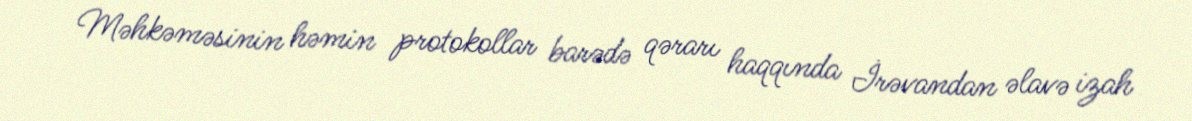
Məhkəməsinin həmin protokollar barədə qərarı haqqında İrəvandan əlavə izah